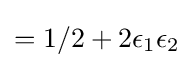
=1/2+2\epsilon _{1}\epsilon _{2}